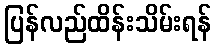
ပြန်လည်ထိန်းသိမ်းရန်